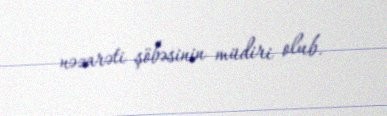
nəzarəti şöbəsinin müdiri olub.